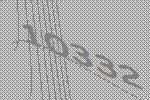
10332